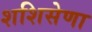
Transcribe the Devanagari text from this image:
शशिसेणा